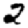
Digit: 2